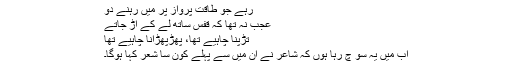
رہے جو طاقتِ پرواز پر میں رہنے دو
عجب نہ تھا کہ قفس ساتھ لے کے اُڑ جاتے
تڑپنا چاہیے تھا، پھڑپھڑانا چاہیے تھا
اب میں یہ سو چ رہا ہوں کہ شاعر نے ان میں سے پہلے کون سا شعر کہا ہوگا۔